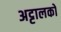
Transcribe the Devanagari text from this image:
अट्टालकों